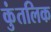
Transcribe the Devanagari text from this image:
कुंतलिक